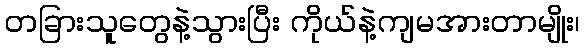
တခြားသူတွေနဲ့သွားပြီး ကိုယ်နဲ့ကျမအားတာမျိုး၊